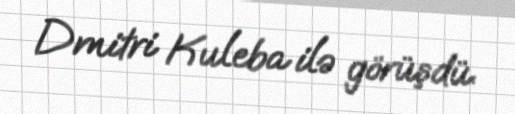
Dmitri Kuleba ilə görüşdü.